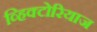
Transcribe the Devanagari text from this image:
व्हिक्टोरियाज